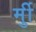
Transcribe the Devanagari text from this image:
र्मुी